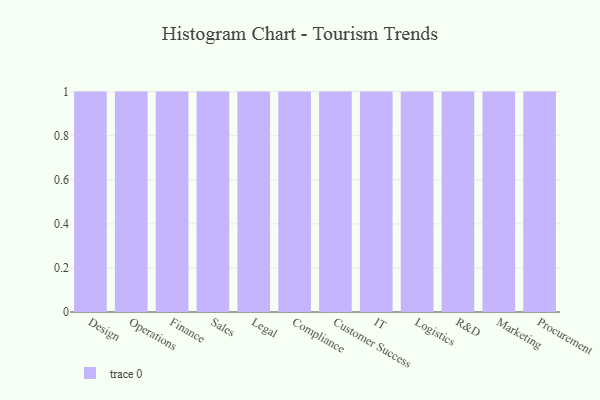
{"axis": {"x": "Department", "y": "Headcount"}, "legend": [""], "data": [{"x": "Design", "y": 2, "type": ""}, {"x": "Operations", "y": 86, "type": ""}, {"x": "Finance", "y": 50, "type": ""}, {"x": "Sales", "y": 87, "type": ""}, {"x": "Legal", "y": 85, "type": ""}, {"x": "Compliance", "y": 62, "type": ""}, {"x": "Customer Success", "y": 11, "type": ""}, {"x": "IT", "y": 25, "type": ""}, {"x": "Logistics", "y": 35, "type": ""}, {"x": "R&D", "y": 94, "type": ""}, {"x": "Marketing", "y": 39, "type": ""}, {"x": "Procurement", "y": 79, "type": ""}]}